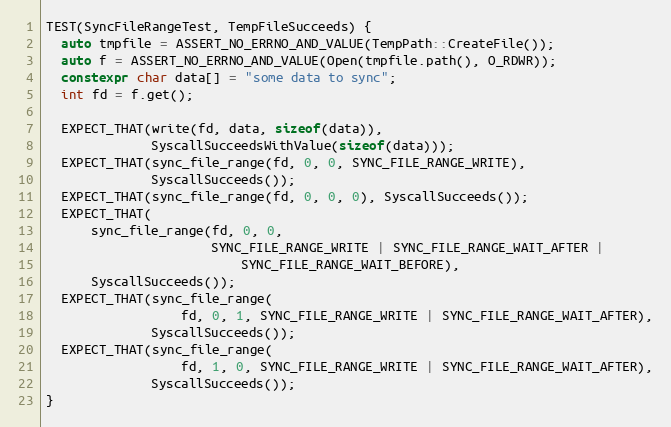
Language: C++
TEST(SyncFileRangeTest, TempFileSucceeds) {
  auto tmpfile = ASSERT_NO_ERRNO_AND_VALUE(TempPath::CreateFile());
  auto f = ASSERT_NO_ERRNO_AND_VALUE(Open(tmpfile.path(), O_RDWR));
  constexpr char data[] = "some data to sync";
  int fd = f.get();

  EXPECT_THAT(write(fd, data, sizeof(data)),
              SyscallSucceedsWithValue(sizeof(data)));
  EXPECT_THAT(sync_file_range(fd, 0, 0, SYNC_FILE_RANGE_WRITE),
              SyscallSucceeds());
  EXPECT_THAT(sync_file_range(fd, 0, 0, 0), SyscallSucceeds());
  EXPECT_THAT(
      sync_file_range(fd, 0, 0,
                      SYNC_FILE_RANGE_WRITE | SYNC_FILE_RANGE_WAIT_AFTER |
                          SYNC_FILE_RANGE_WAIT_BEFORE),
      SyscallSucceeds());
  EXPECT_THAT(sync_file_range(
                  fd, 0, 1, SYNC_FILE_RANGE_WRITE | SYNC_FILE_RANGE_WAIT_AFTER),
              SyscallSucceeds());
  EXPECT_THAT(sync_file_range(
                  fd, 1, 0, SYNC_FILE_RANGE_WRITE | SYNC_FILE_RANGE_WAIT_AFTER),
              SyscallSucceeds());
}